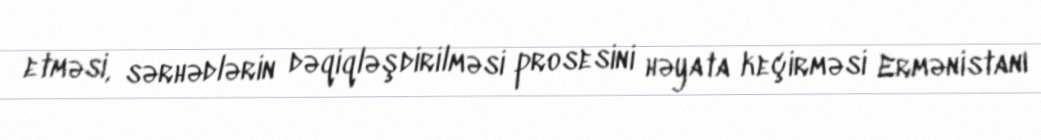
etməsi, sərhədlərin dəqiqləşdirilməsi prosesini həyata keçirməsi Ermənistanı